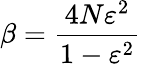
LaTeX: \beta=\frac{4N\varepsilon^{2}}{1-\varepsilon^{2}}